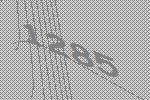
1285